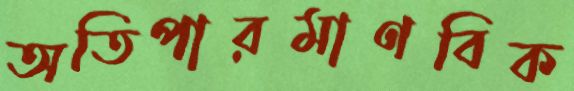
অতিপারমাণবিক